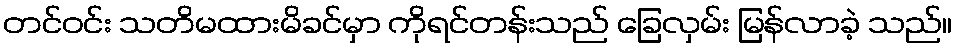
တင်ဝင်း သတိမထားမိခင်မှာ ကိုရင်တန်းသည် ခြေလှမ်း မြန်လာခဲ့ သည်။